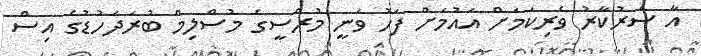
އާ ސަރުކާރު ވެރިކަމަށް އައުމަށް ފަހު ވަނީ މުރްސީގެ މުސްލިމް ބުރަދަހުޑުގެ އިސް